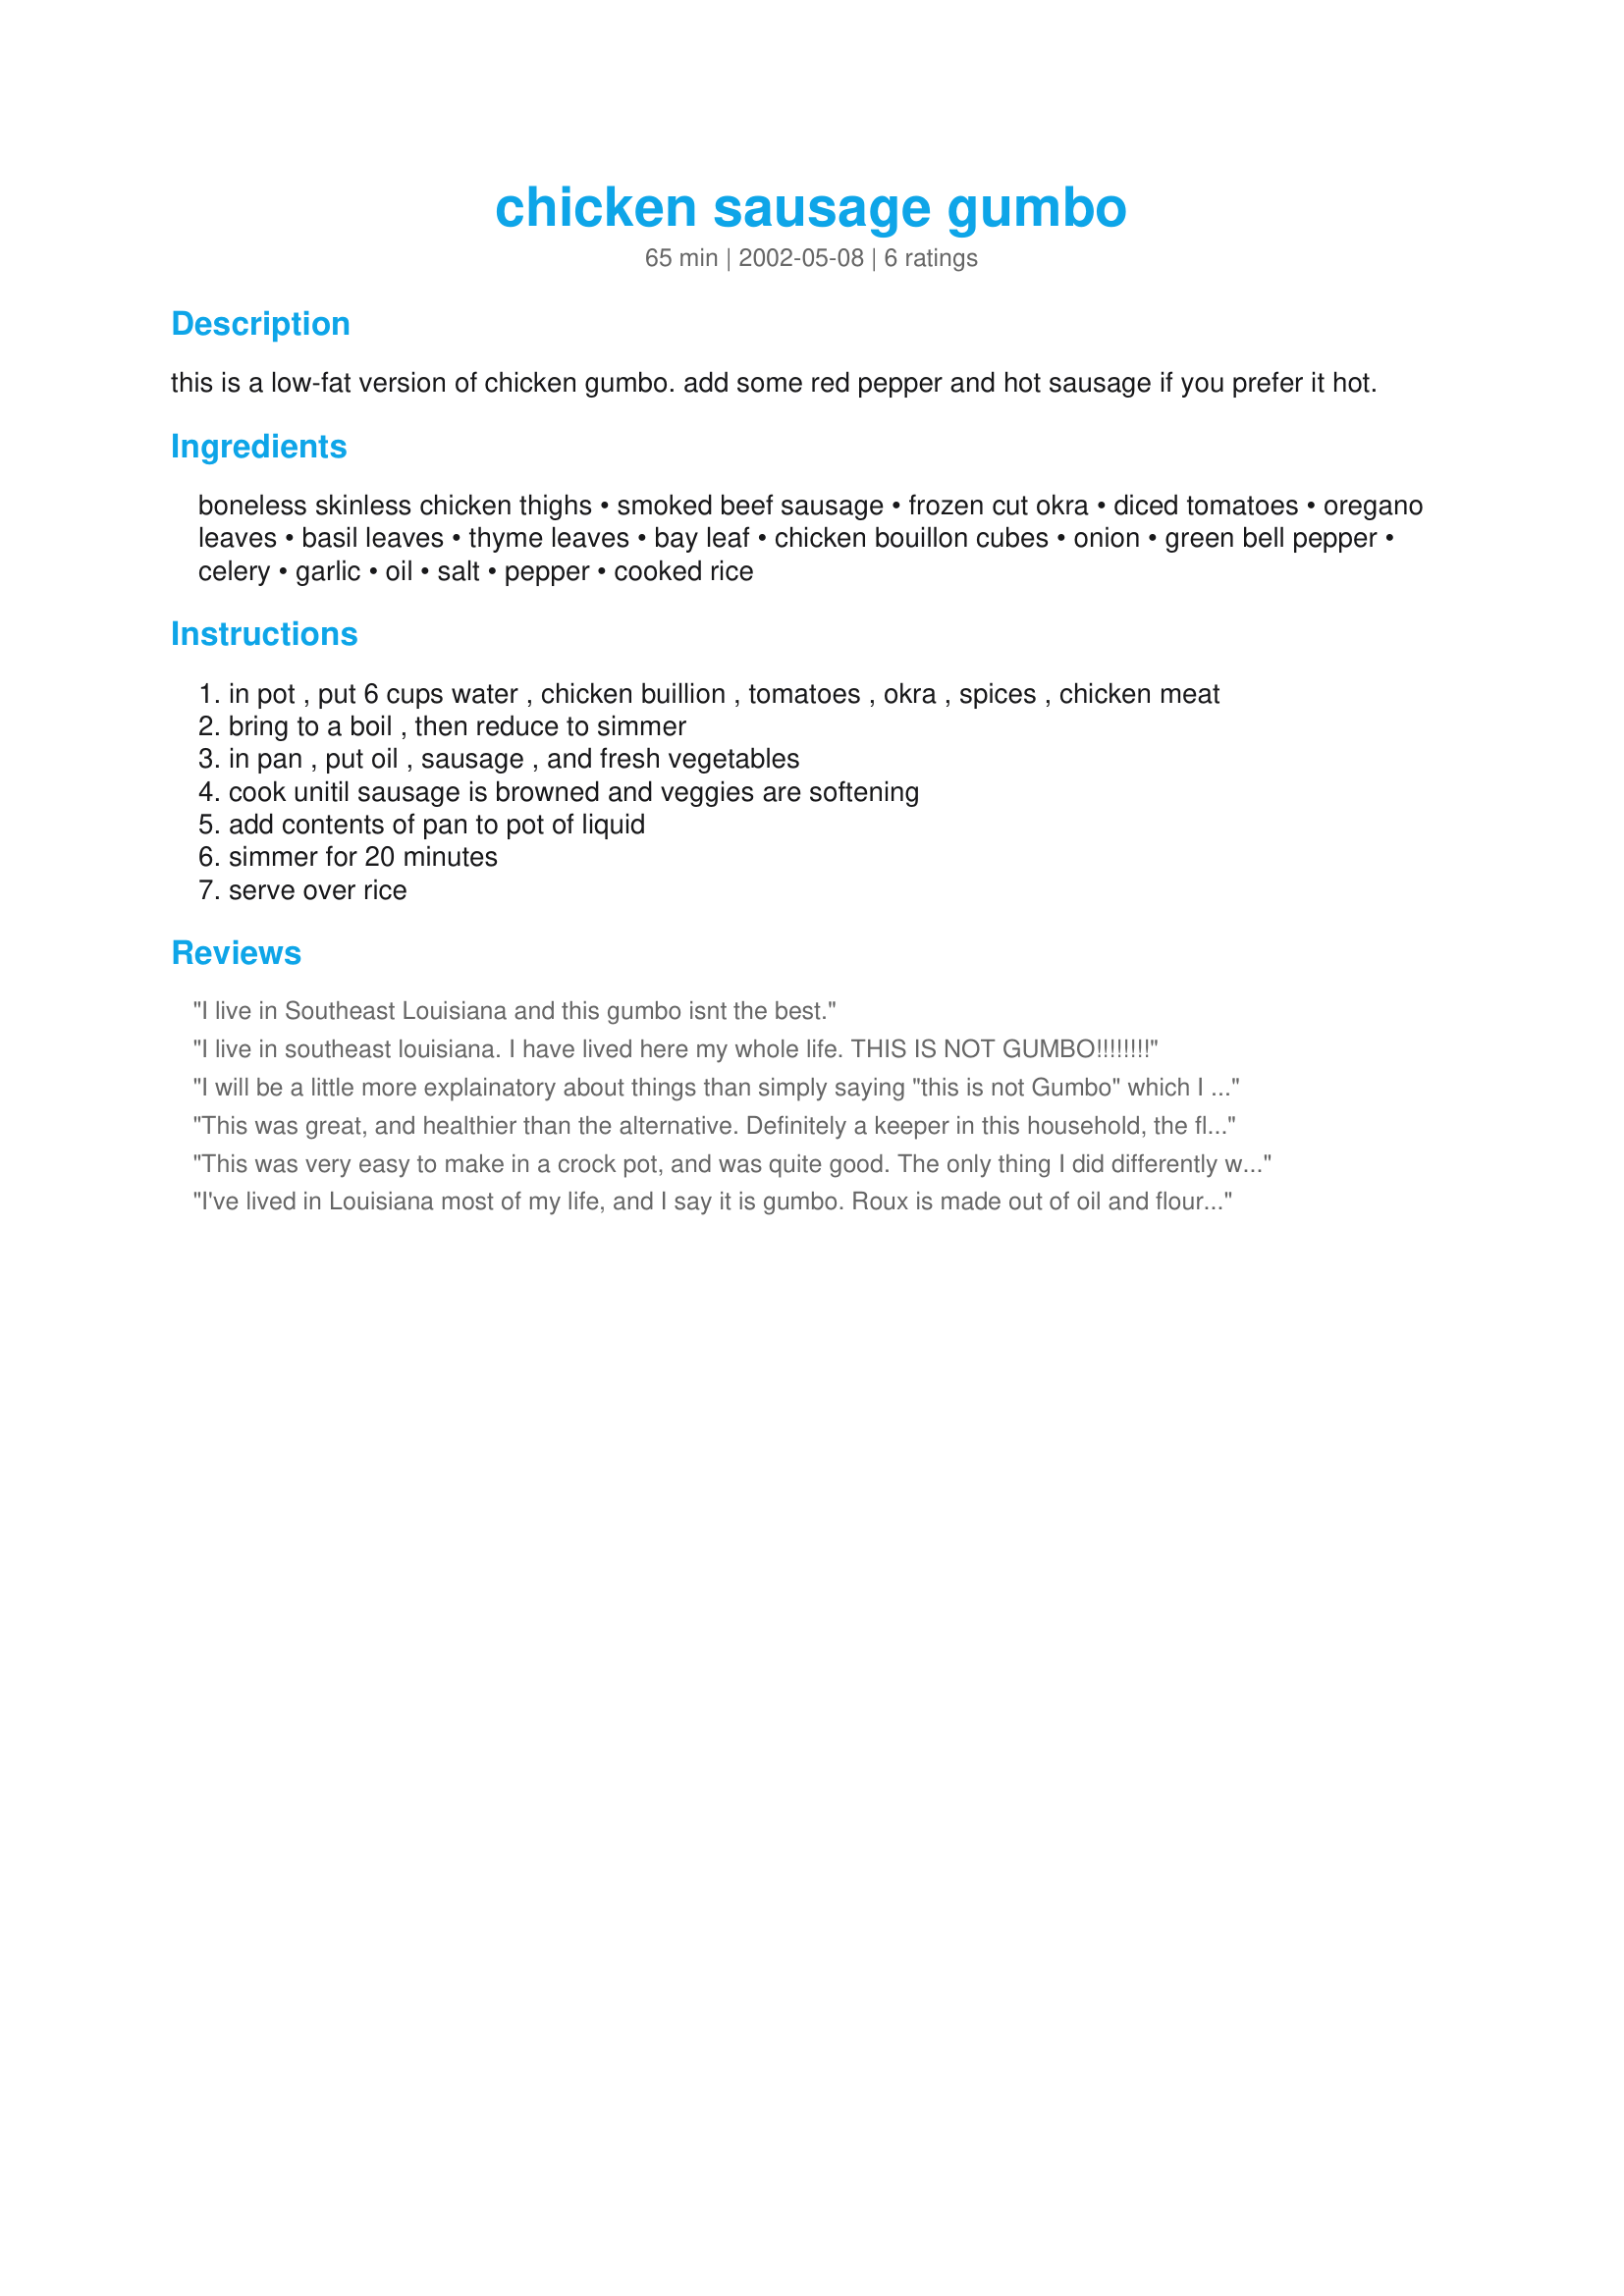
chicken sausage gumbo
Preparation time: 65 minutes

this is a low-fat version of chicken gumbo. add some red pepper and hot sausage if you prefer it hot.

Ingredients:
boneless skinless chicken thighs, smoked beef sausage, frozen cut okra, diced tomatoes, oregano leaves, basil leaves, thyme leaves, bay leaf, chicken bouillon cubes, onion, green bell pepper, celery, garlic, oil, salt, pepper, cooked rice

Steps:
in pot , put 6 cups water , chicken buillion , tomatoes , okra , spices , chicken meat
bring to a boil , then reduce to simmer
in pan , put oil , sausage , and fresh vegetables
cook unitil sausage is browned and veggies are softening
add contents of pan to pot of liquid
simmer for 20 minutes
serve over rice

Reviews:
I live in Southeast Louisiana and this gumbo isnt the best.
I live in southeast louisiana. I have lived here my whole life.
THIS IS NOT GUMBO!!!!!!!!
I will be a little more explainatory about things than simply saying "this is not Gumbo" which I found to sound extremely RUDE! I, too, am from Southeast Louisiana and to tell you the truth, you have the ingredients right (well maybe not the tomatoes but that is personal preference) the only thing you lack is the TRUE indgredient that makes Gumbo, well, Gumbo. This ingredient is Roux. In case you are not familiar with this term, Roux is equal parts of fat and flour that has been browned to a deep dark rich chocolate color then added to the chicken, veggies and stock. Without Roux, you do not have gumbo, you have little more than a really flavorful chicken soup. I hope this helped to explain a little more than that rudeness that Tamzzy tried to pass off as a review.
This was great, and healthier than the alternative. Definitely a keeper in this household, the flavors were wonderful! Thank you for sharing!
This was very easy to make in a crock pot, and was quite good. The only thing I did differently was to use Healthy Choice low-fat sausage, and to add a tbls. of file about twenty minutes before it was done. While not the same stuff you'd find on Canal Street, it is far healthier for you.
I've lived in Louisiana most of my life, and I say it is gumbo. Roux is made out of oil and flour. It's not an ingredient in this gumbo because this is a lower calorie version. The nutrition information does not accurately reflect the calories because the chicken is meat only, the sausage is low fat. The only oil is the 1-2 tbs you use for the sausage and vegetables.
